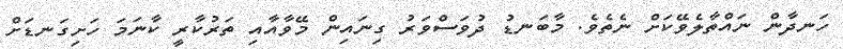
ހަނދާން ނައްތާލެވޭކަށް ނެތެވެ. މާބަނޑު ދުވަސްވަރު ގިނައިން މޭވާއާއި ތަރުކާރީ ކާނަމަ ހަށިގަނޑަށް